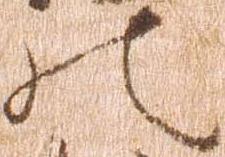
の